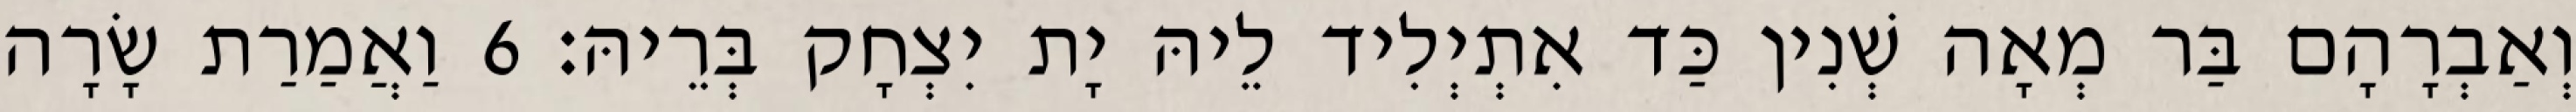
וְאַבְרָהָם בַּר מְאָה שְׁנִין כַּד אִתְיְלִיד לֵיהּ יָת יִצְחָק בְּרֵיהּ׃ 6 וַאֲמַרַת שָׂרָה